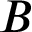
B